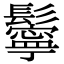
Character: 鬡